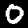
Label: 0